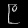
Digit: ၉